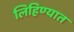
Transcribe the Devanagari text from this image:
लिहिण्‍यात